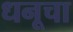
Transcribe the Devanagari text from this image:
धनूचा